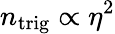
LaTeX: n_{\mathrm{trig}}\propto\eta^{2}